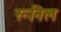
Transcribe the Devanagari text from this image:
रूनिल